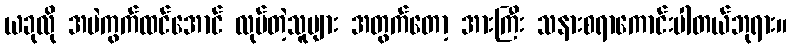
ယခုလို အမဲကွက်ထင်အောင် လုပ်တဲ့သူများ အတွက်တော့ အားကြီး သနားစရာကောင်းပါတယ်ဘုရား။